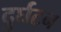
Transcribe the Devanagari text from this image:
दुर्घटन